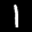
Label: 1